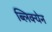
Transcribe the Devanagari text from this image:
ब्लिक्येन